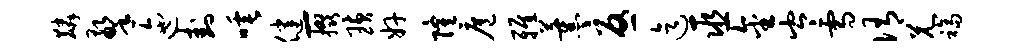
麟擎迤卦唾健-掇璜奸隆扈雅薰忧迄巫金岑雪侑兄福